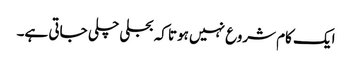
ایک کام شروع نہیں ہوتا کہ بجلی چلی جاتی ہے۔